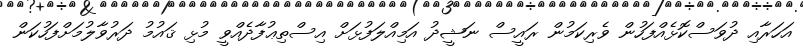
އަހަރާއި ދުވަސްކޮޅެއްފަހުން ވެރިކަމުން ރައީސް ނަޝީދު އަމިއްލަފުޅަށް އިސްތިޢުފާދެއްވީ މުޅި ޤައުމު ދަރުވާލުމަށްފަހުކަން